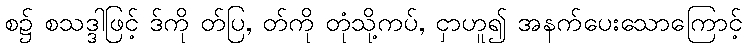
စ၌ စသဒ္ဒါဖြင့် ဒ်ကို တ်ပြ, တ်ကို တုံသို့ကပ်, ငှာဟူ၍ အနက်ပေးသောကြောင့်